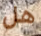
هل